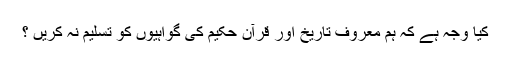
کیا وجہ ہے کہ ہم معروف تاریخ اور قرآن حکیم کی گواہیوں کو تسلیم نہ کریں ؟